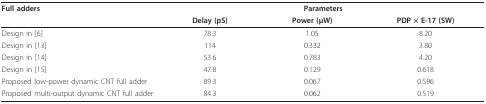
<table><thead><tr><td><b>Full adders</b></td><td colspan="3"><b>Parameters</b></td></tr><tr><td></td><td><b>Delay (pS)</b></td><td><b>Power (μW)</b></td><td><b>PDP × E-17 (SW)</b></td></tr></thead><tbody><tr><td>Design in [6]</td><td>78.3</td><td>1.05</td><td>8.20</td></tr><tr><td>Design in [13]</td><td>114</td><td>0.332</td><td>3.80</td></tr><tr><td>Design in [14]</td><td>53.6</td><td>0.783</td><td>4.20</td></tr><tr><td>Design in [15]</td><td>47.8</td><td>0.129</td><td>0.618</td></tr><tr><td>Proposed low-power dynamic CNT full adder</td><td>89.3</td><td>0.067</td><td>0.596</td></tr><tr><td>Proposed multi-output dynamic CNT full adder</td><td>84.3</td><td>0.062</td><td>0.519</td></tr></tbody></table>